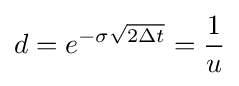
d=e^{-\sigma {\sqrt {2\Delta t}}}={\frac {1}{u}}